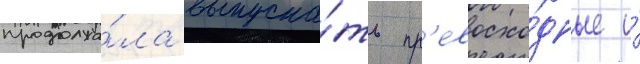
продолжа́ла выпуска́ть пр'евосхо́дные и́